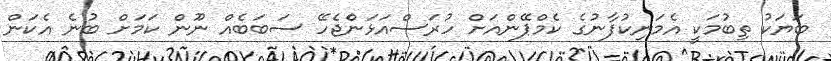
ބަޔަކު ތިބުމަކީ އެމަނިކުފާނުގެ ކެމްޕޭންއަށް ހުރަސްއަޅަންެޖެހޭ ސަބަބެއް ނޫން ކަމަށް ބުނެ އެކަން